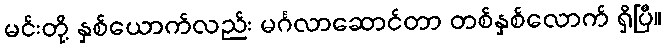
မင်းတို့ နှစ်ယောက်လည်း မင်္ဂလာဆောင်တာ တစ်နှစ်လောက် ရှိပြီ။